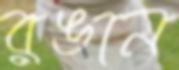
রঙান